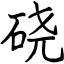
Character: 硗